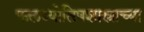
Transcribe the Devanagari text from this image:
फलज्योतिषशास्त्राच्या